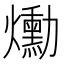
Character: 爋